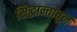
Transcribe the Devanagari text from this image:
सिद्धान्तातून